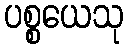
ပစ္စယေသု